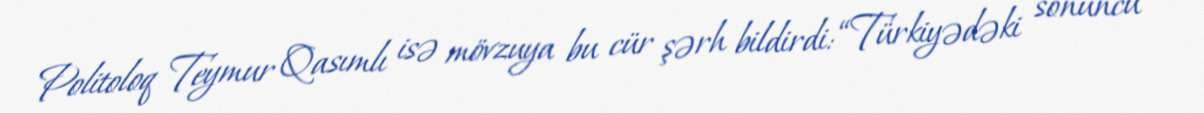
Politoloq Teymur Qasımlı isə mövzuya bu cür şərh bildirdi: “Türkiyədəki sonuncu